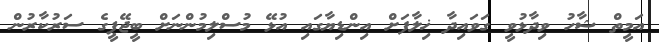
އަމީތް ޝާހު ވިދާޅުވީ ގަވައިދާ ޚިލާފަށް އިންޑިޔާގައި އުޅޭ މުސްލިމުންނަށް ބީޖޭޕީގެ ސަރުކާރުން